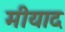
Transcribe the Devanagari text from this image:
मीयाद